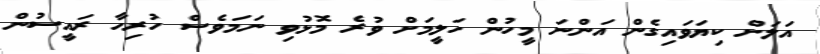
އަލަށް ކިޔަވައިގެން އަންނަ މީހުން ހަލީމަށް ވުރެ މޮޅުވި ނަމަވެސް ހުރިހާ ރައީސުން